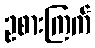
ဥစားကြက်